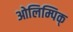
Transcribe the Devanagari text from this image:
ओलिम्पिक्